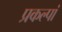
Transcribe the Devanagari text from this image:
प्रकल्पां